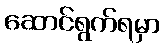
ဆောင်ရွက်ရမှာ